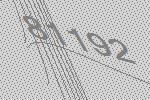
81192